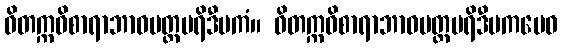
ဝိတက္ကဝိစာရာဘာဝမတ္တပရိဒီပကံ။ ဝိတက္ကဝိစာရာဘာဝမတ္တပရိဒီပကမေဝ